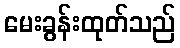
မေးခွန်းထုတ်သည်